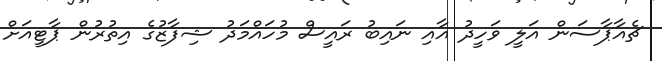
ޗެއާޕާސަން އަލީ ވަހީދު އާއި ނައިބު ރައީސް މުހައްމަދު ޝިފާޒުގެ އިތުރުން ޕާޓީއަށް